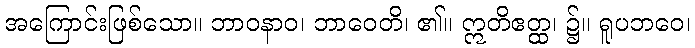
အကြောင်းဖြစ်သော။ ဘာဝနာဝ၊ ဘာဝေတိ၊ ၏။ ဣတိဧတ္ထ၊ ၌။ ရူပဘဝေ၊